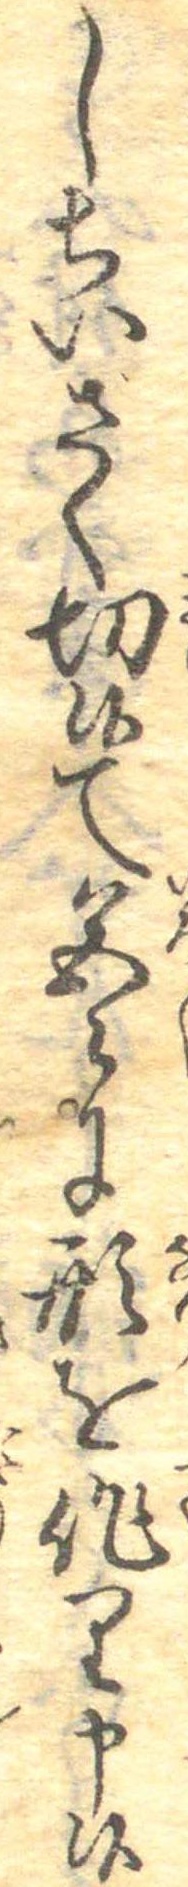
しちいさく切候て色〻に形を作り申候